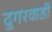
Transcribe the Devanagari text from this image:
दुगरवाडी